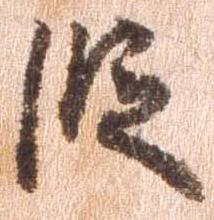
段